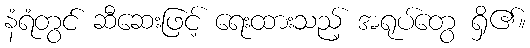
နံရံတွင် ဆီဆေးဖြင့် ရေးထားသည့် အရုပ်တွေ ရှိ၏။